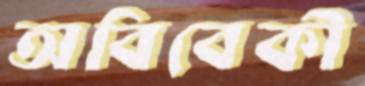
অবিবেকী